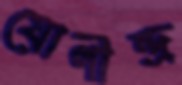
যোগীন্দ্র